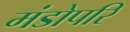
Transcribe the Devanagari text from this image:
मंडोपरि